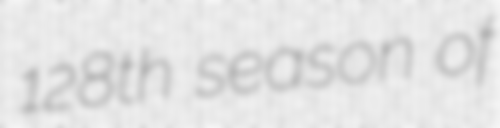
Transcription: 128th season of